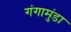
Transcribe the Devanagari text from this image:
गंगामुंडा